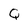
Character: Q